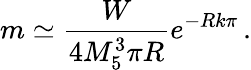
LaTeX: m\simeq\frac{W}{4M_{5}^{3}\pi R}e^{-Rk\pi}\, .